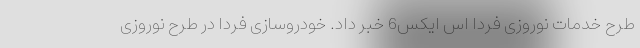
طرح خدمات نوروزی فردا اس ایکس6 خبر داد. خودروسازی فردا در طرح نوروزی